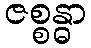
ဇစ္စန္ဓာ